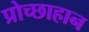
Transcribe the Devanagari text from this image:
प्रोच्छाहान